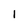
Character: l